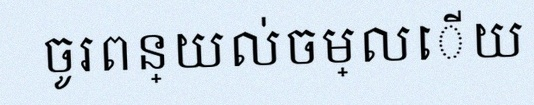
ចូរពន្យល់ចម្លើយ